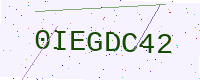
Text: 0IEGDC42